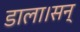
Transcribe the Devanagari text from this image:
डाला।सन्